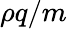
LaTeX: \rho q/m